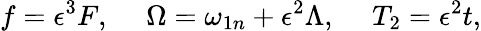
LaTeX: f=\epsilon^{3}F,\ \ \ \ \ \Omega=\omega_{1n}+\epsilon^{2}\Lambda,\ \ \ \ \ T_{2}=\epsilon^{2}t,